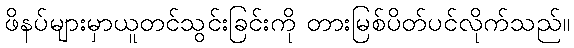
ဖိနပ်များမှာယူတင်သွင်းခြင်းကို တားမြစ်ပိတ်ပင်လိုက်သည်။